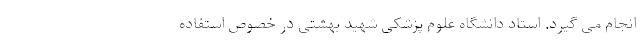
انجام می گیرد. استاد دانشگاه علوم پزشکی شهید بهشتی در خصوص استفاده